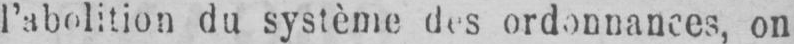
l’abolition du système des ordonnances, on